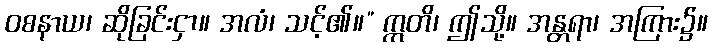
ဝစနာယ၊ ဆိုခြင်းငှာ။ အလံ၊ သင့်၏။” ဣတိ၊ ဤသို့။ အန္တရာ၊ အကြား၌။